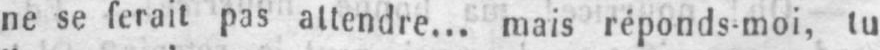
ne se ferait pas attendre... mais réponds-moi, tu